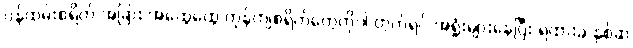
၀န်ထမ်းစရိတ် အခြား အထွေထွေ ကုန်ကျစရိတ်တွေကိုပါ တွက်ရင် အရှုံးများနေပြီး ရထားခ နှစ်ဆ